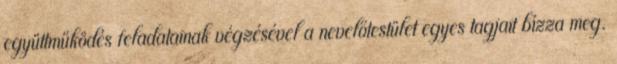
együttműködés feladatainak végzésével a nevelőtestület egyes tagjait bízza meg.